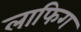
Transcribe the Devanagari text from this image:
लाफिग